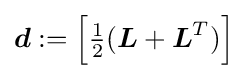
{\textstyle {\boldsymbol {d}}:=\left[{\frac {1}{2}}({\boldsymbol {L}}+{\boldsymbol {L}}^{T})\right]}